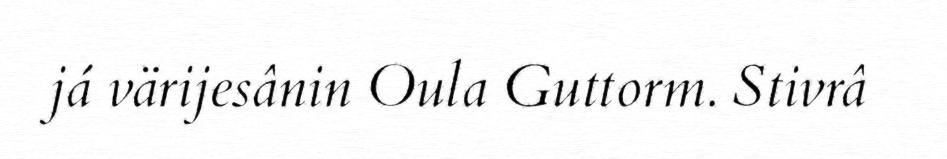
já värijesânin Oula Guttorm. Stivrâ